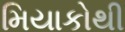
મિયાકોથી